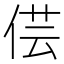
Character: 𠊁